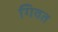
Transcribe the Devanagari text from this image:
गिवत